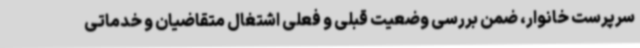
سرپرست خانوار، ضمن بررسی وضعیت قبلی و فعلی اشتغال متقاضیان و خدماتی